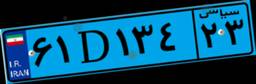
۶۱D۱۳۴۲۳